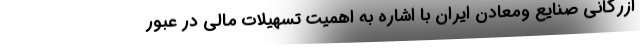
ازرگانی صنایع ومعادن ایران با اشاره به اهمیت تسهیلات مالی در عبور